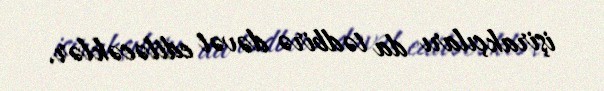
işirakçıları da tədbirə dəvət ediləcəklər.